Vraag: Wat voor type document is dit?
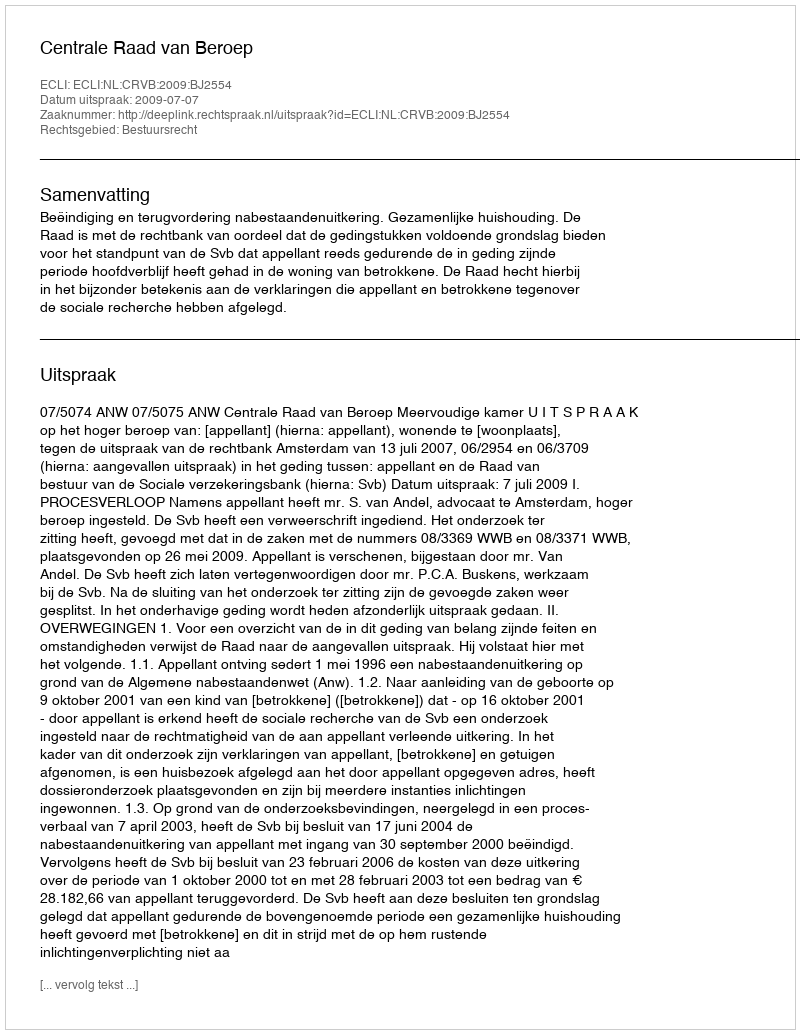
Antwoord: Uitspraak